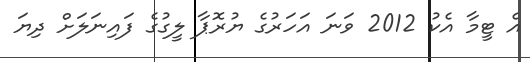
އެ ޓީމާ އެކު 2012 ވަނަ އަހަރުގެ ޔުރޮޕާ ލީގުގެ ފައިނަލަށް ދިޔަ